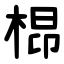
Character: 㭿